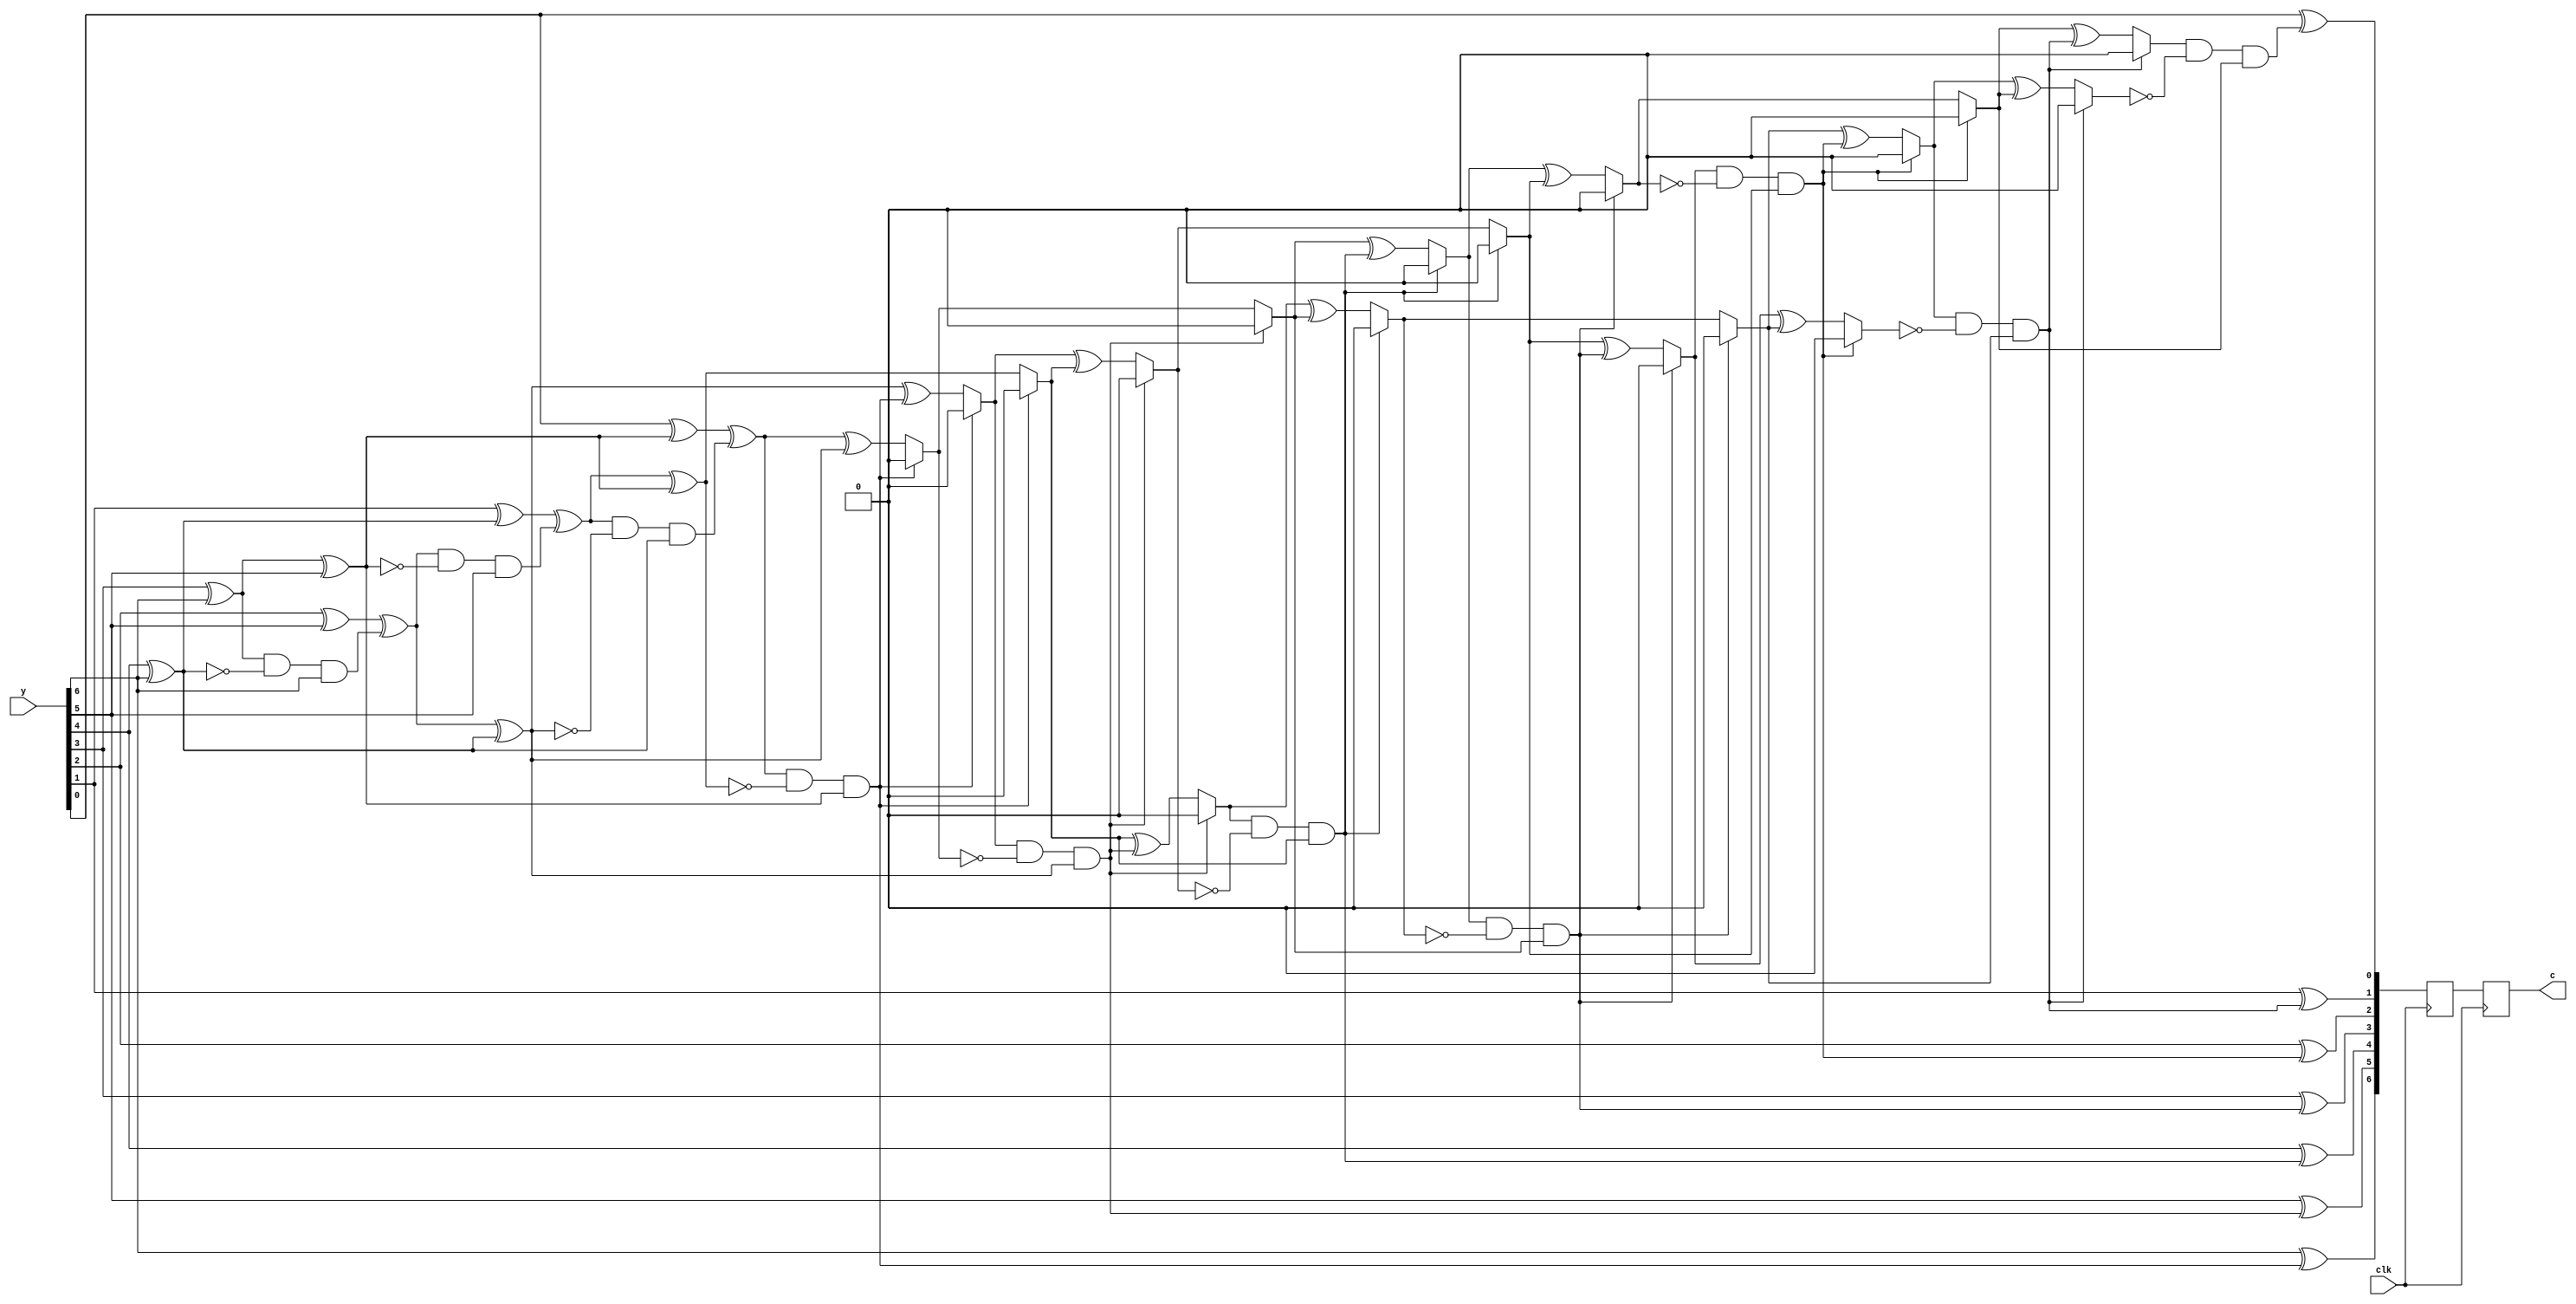
module decoder2(c,y,clk);
output[6:0] c; //c c[6]
input[6:0] y; //y y[6]
input clk;
reg[6:0] c,c_buf,buffer;
reg temp;
reg s0,s1,s2; //
reg e; //
integer i;
always @(posedge clk)
begin
s0=0; s1=0; s2=0; //
temp=0;
buffer=y; //
for (i=6;i>=0;i=i-1) //
begin
e=s0&(~s1)&temp;
temp=s2;
s2=s1;
s1=s0^temp;
s0=y[i]^temp^e;
end
for (i=6;i>=0;i=i-1) //
begin
e=s0&(~s1)&temp;
temp=s2;
s2=s1;
s1=s0^temp;
s0=temp^e;
c_buf[i]=buffer[i]^e;
if (e==1) //
begin
s0=0; s1=0; s2=0;
end
end
end
always @(posedge clk)
begin
c=c_buf;
end
endmodule